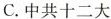
C.中共十二大